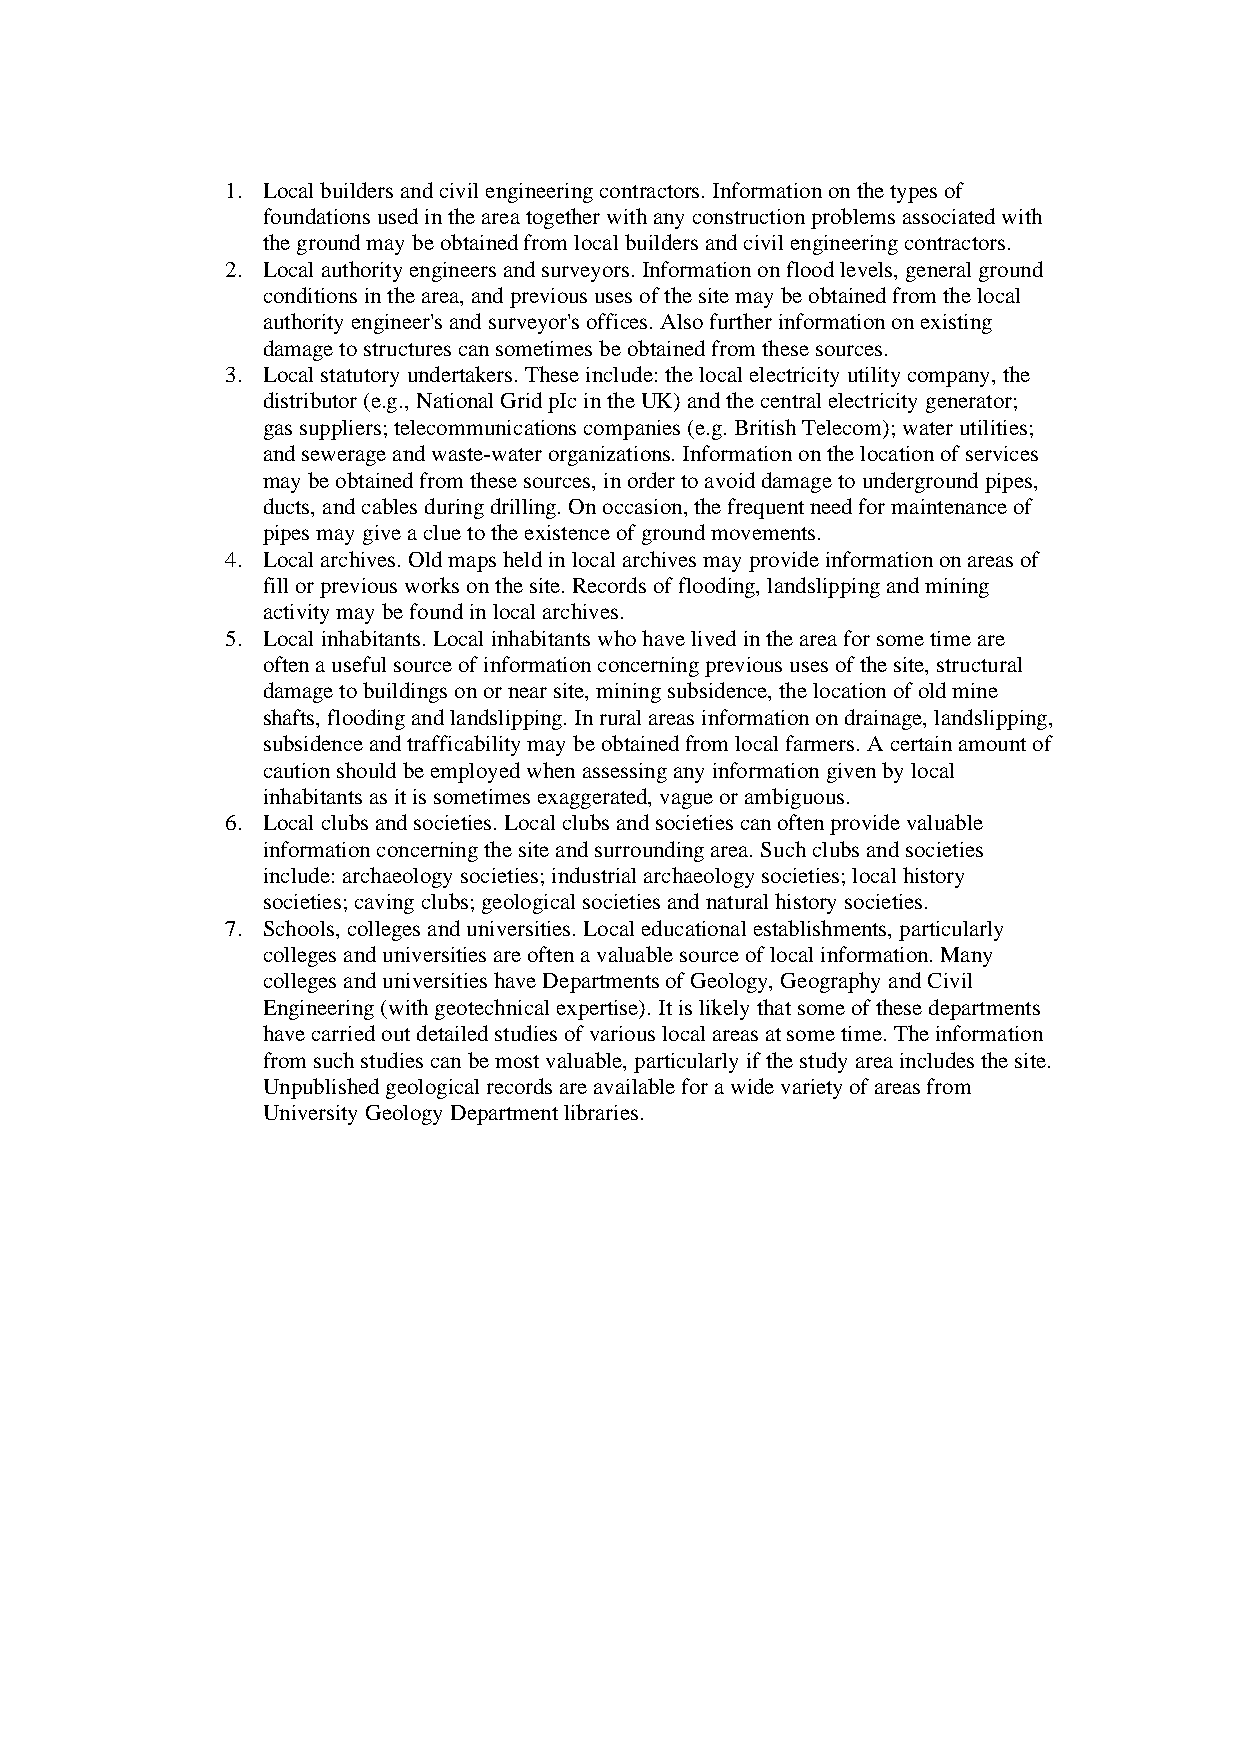
1. Local builders and civil engineering contractors. Information on the types of
 foundations used in the area together with any construction problems associated with
 the ground may be obtained from local builders and civil engineering contractors.
 2. Local authority engineers and surveyors. Information on flood levels, general ground
 conditions in the area, and previous uses of the site may be obtained from the local
 authority engineer's and surveyor's offices. Also further information on existing
 damage to structures can sometimes be obtained from these sources.
 3. Local statutory undertakers. These include: the local electricity utility company, the
 distributor (e.g., National Grid pIc in the UK) and the central electricity generator;
 gas suppliers; telecommunications companies (e.g. British Telecom); water utilities;
 and sewerage and waste-water organizations. Information on the location of services
 may be obtained from these sources, in order to avoid damage to underground pipes,
 ducts, and cables during drilling. On occasion, the frequent need for maintenance of
 pipes may give a clue to the existence of ground movements.
 4. Local archives. Old maps held in local archives may provide information on areas of
 fill or previous works on the site. Records of flooding, landslipping and mining
 activity may be found in local archives.
 5. Local inhabitants. Local inhabitants who have lived in the area for some time are
 often a useful source of information concerning previous uses of the site, structural
 damage to buildings on or near site, mining subsidence, the location of old mine
 shafts, flooding and landslipping. In rural areas information on drainage, landslipping,
 subsidence and trafficability may be obtained from local farmers. A certain amount of
 caution should be employed when assessing any information given by local
 inhabitants as it is sometimes exaggerated, vague or ambiguous.
 6. Local clubs and societies. Local clubs and societies can often provide valuable
 information concerning the site and surrounding area. Such clubs and societies
 include: archaeology societies; industrial archaeology societies; local history
 societies; caving clubs; geological societies and natural history societies.
 7. Schools, colleges and universities. Local educational establishments, particularly
 colleges and universities are often a valuable source of local information. Many
 colleges and universities have Departments of Geology, Geography and Civil
 Engineering (with geotechnical expertise). It is likely that some of these departments
 have carried out detailed studies of various local areas at some time. The information
 from such studies can be most valuable, particularly if the study area includes the site.
 Unpublished geological records are available for a wide variety of areas from
 University Geology Department libraries.